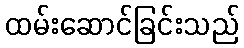
ထမ်းဆောင်ခြင်းသည်